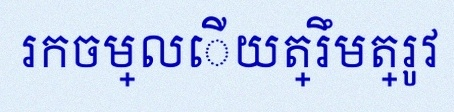
រកចម្លើយត្រឹមត្រូវ